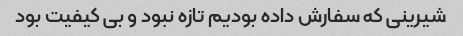
شیرینی که سفارش داده بودیم تازه نبود و بی کیفیت بود